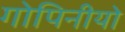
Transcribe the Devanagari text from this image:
गोपिनीयो